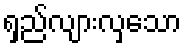
ရှည်လျားလှသော